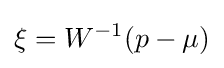
\xi =W^{-1}(p-\mu )